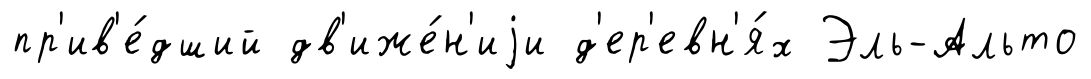
пр'ив'е́дший дв'иже́н'иjи д'ер'евн'я́х Эль-Альто